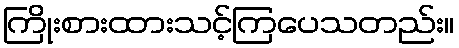
ကြိုးစားထားသင့်ကြပေသတည်း။